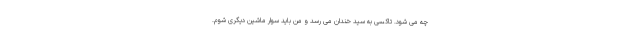
چه می شود. تاکسی به سید خندان می رسد و من باید سوار ماشین دیگری شوم.